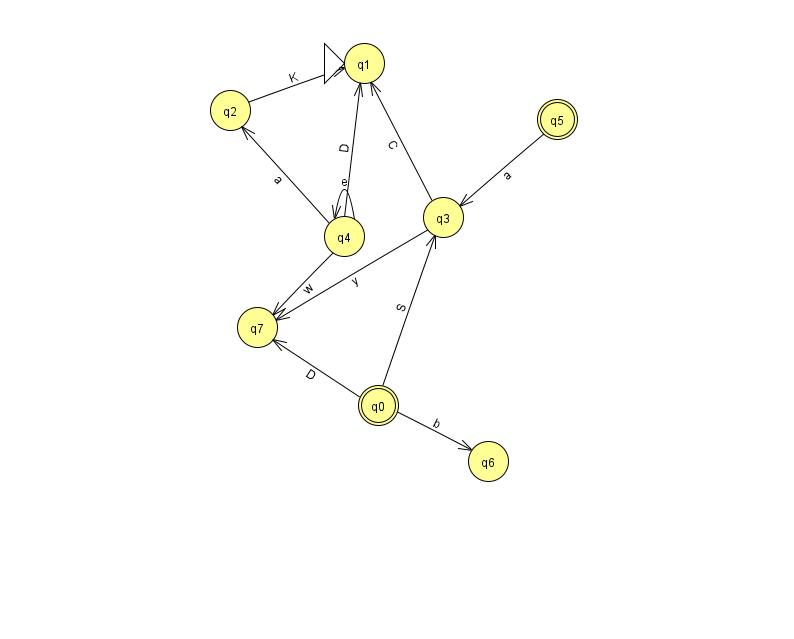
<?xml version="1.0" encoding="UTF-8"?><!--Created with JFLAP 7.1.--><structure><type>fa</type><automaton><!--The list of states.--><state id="0" name="q0"><x>378.0</x><y>392.0</y><final/></state><state id="1" name="q1"><x>364.0</x><y>50.0</y><initial/></state><state id="2" name="q2"><x>230.0</x><y>97.0</y></state><state id="3" name="q3"><x>443.0</x><y>204.0</y></state><state id="4" name="q4"><x>344.0</x><y>223.0</y></state><state id="5" name="q5"><x>557.0</x><y>106.0</y><final/></state><state id="6" name="q6"><x>488.0</x><y>448.0</y></state><state id="7" name="q7"><x>257.0</x><y>314.0</y></state><!--The list of transitions.--><transition><from>5</from><to>3</to><read>a</read></transition><transition><from>3</from><to>1</to><read>C</read></transition><transition><from>4</from><to>2</to><read>a</read></transition><transition><from>4</from><to>7</to><read>w</read></transition><transition><from>4</from><to>1</to><read>D</read></transition><transition><from>4</from><to>4</to><read>e</read></transition><transition><from>0</from><to>6</to><read>b</read></transition><transition><from>0</from><to>3</to><read>S</read></transition><transition><from>3</from><to>7</to><read>y</read></transition><transition><from>0</from><to>7</to><read>D</read></transition><transition><from>2</from><to>1</to><read>K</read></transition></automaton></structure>